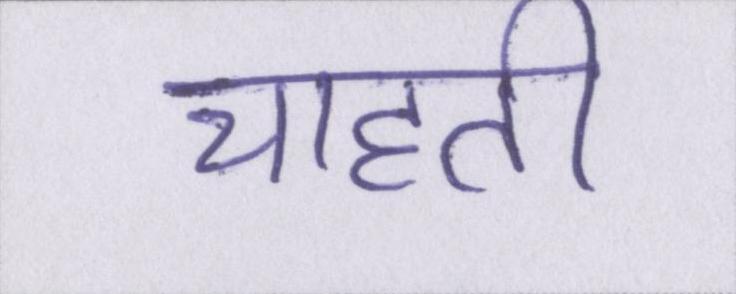
चाहती